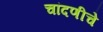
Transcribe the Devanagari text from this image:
चांदणीचे